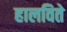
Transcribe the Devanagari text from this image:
हालविते